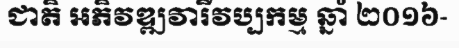
ជាតិ អភិវឌ្ឍវារីវប្បកម្ម ឆ្នាំ ២០១៦-